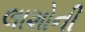
લાશોની